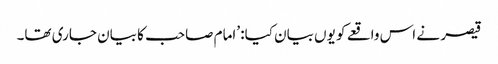
قیصر نے اس واقعے کو یوں بیان کیا: ’امام صاحب کا بیان جاری تھا۔